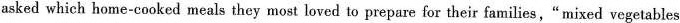
asked which home-cooked meals they most loved to prepare for their families, "mixed vegetables